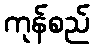
ကုန်စည်